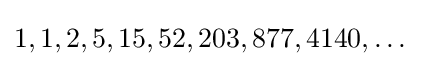
1,1,2,5,15,52,203,877,4140,\dots